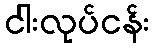
ငါးလုပ်ငန်း